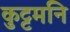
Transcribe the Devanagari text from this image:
कुट्टमनि